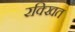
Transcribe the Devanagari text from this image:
रक्खित